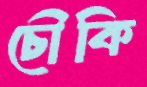
চৌকি